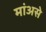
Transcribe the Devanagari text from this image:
मांअसे